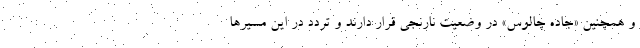
و همچنین «جاده چالوس» در وضعیت نارنجی قرار دارند و تردد در این مسیرها